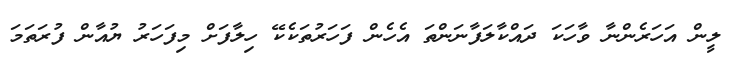
ލީން އަހަރެންނާ ވާހަކަ ދައްކާލަފާނަންތަ އެހެން ފަހަރުތަކެކޭ ހިލާފަށް މިފަހަރު ޔުއާން ފުރަތަމަ